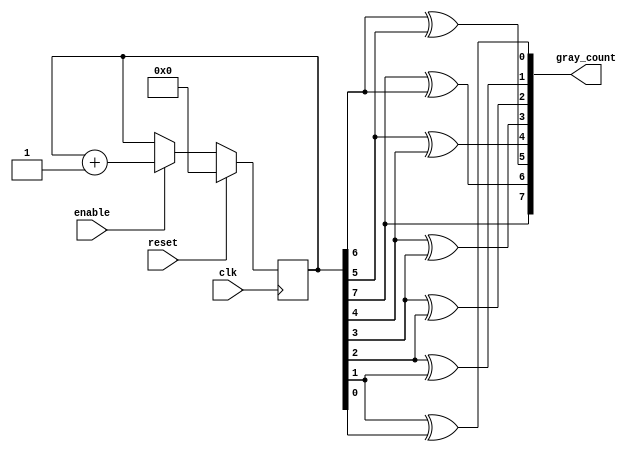
`timescale 1ns / 1ps
//////////////////////////////////////////////////////////////////////////////////
// Company: 
// Engineer: 
// 
// Design Name: 
// Module Name: iiitb_gc
// Project Name: 
// Target Devices: 
// Tool Versions: 
// Description: 
// 
// Dependencies: 
// 
// Revision:
// Revision 0.01 - File Created
// Additional Comments:
// 
//////////////////////////////////////////////////////////////////////////////////

module iiitb_gc ( clk, enable, reset, gray_count);
  
 
  input clk, reset, enable; 
  output [ 7:0] gray_count;
  reg [7:0] count;
  
  always @ (posedge clk) 
  if (reset) 
    count <= 0; 
  else if (enable) 
    count <= count + 1; 
    
  assign gray_count = { count[7], (count[7] ^ count[6]),(count[6] ^ 
               count[5]),(count[5] ^ count[4]), (count[4] ^ 
               count[3]),(count[3] ^ count[2]), (count[2] ^ 
               count[1]),(count[1] ^ count[0]) };
    
endmodule